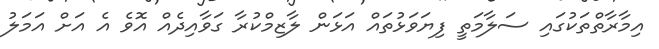
އިމާރާތްތަކުގައި ސަލާމަތީ ފިޔަވަޅުތައް އަޅަން ލާޒިމްކުރާ ގަވާއިދެއް އޮވެ އެ އަށް އަމަލު